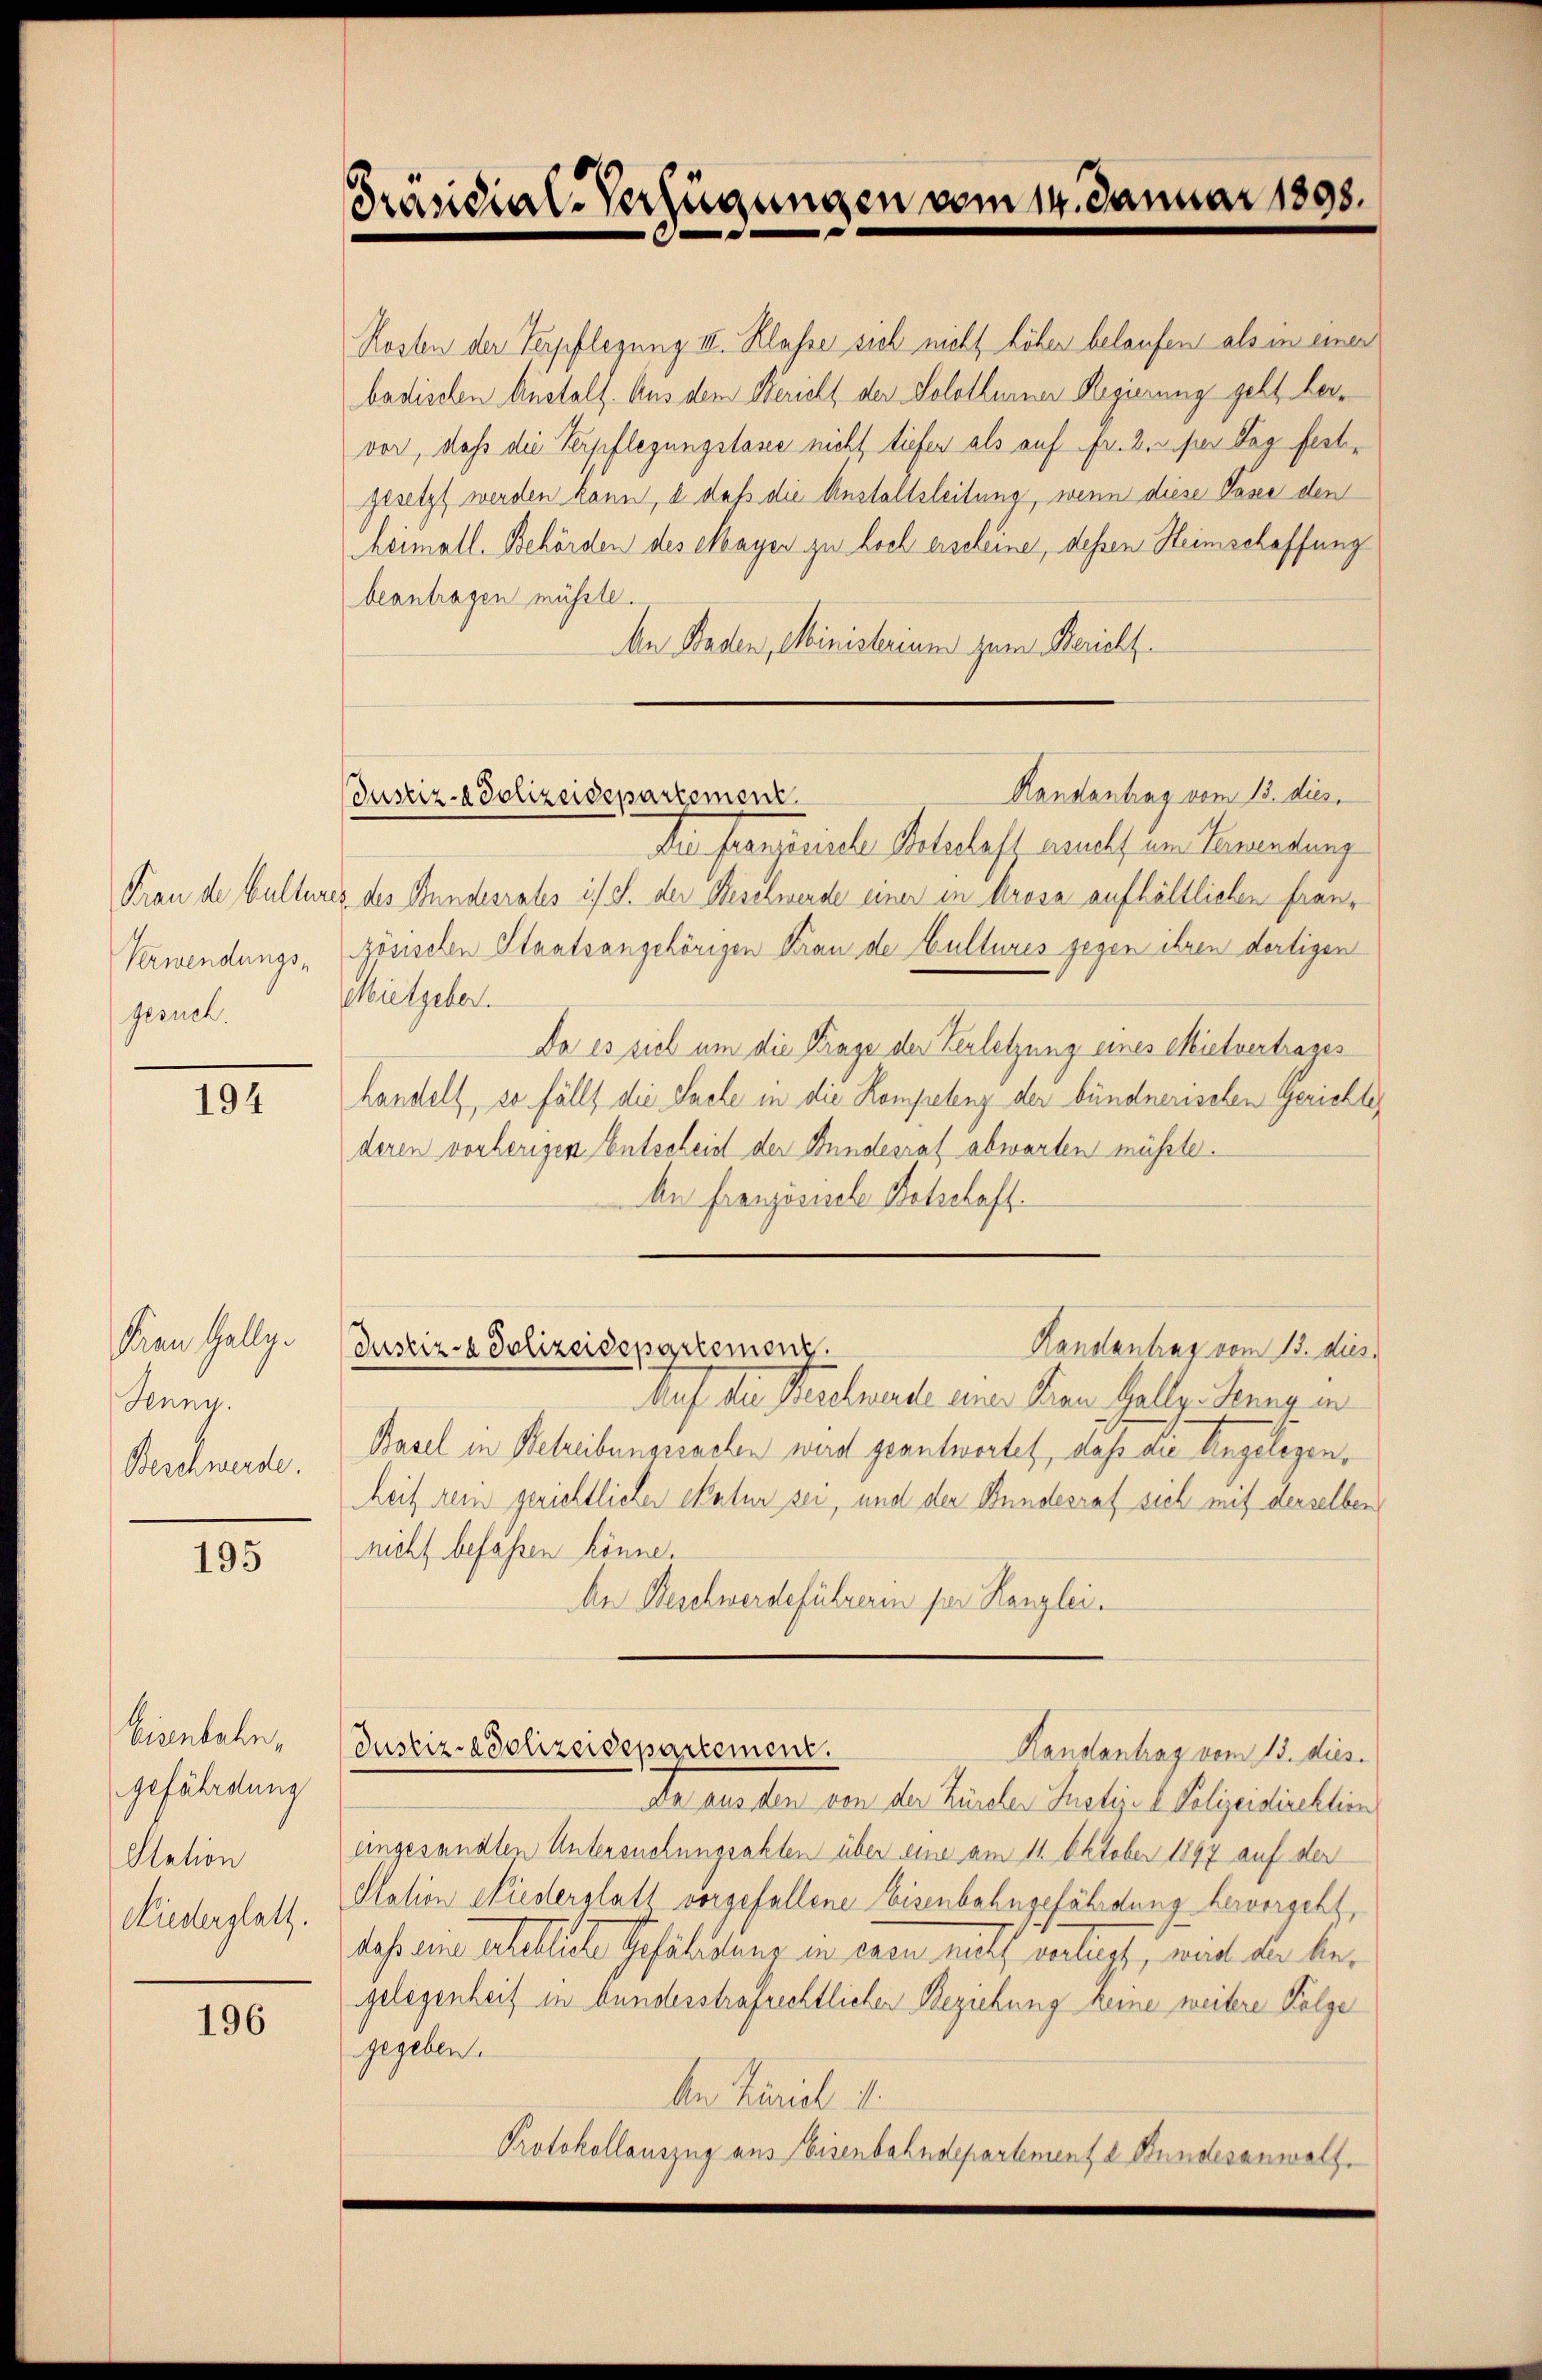
Frau de Bulture,
Verwendungsgesuch.

194

Frau Gally.
Kuny.
Beschwerde.

195

Eisenbahn,
gefährdung
Station
Niederglatt.

196

Präsidial-Verfügungen vom 14. Januar 1898.

Kosten der Verpflegung III. Klasse sich nicht höher belaufen als in einen
badischen Anstalt. Aus dem Bericht der Solothurner Regierung geht hervor, daß die Verpflegungslasse nicht tiefen als auf fr. 2. per Tag festgesetzt werden kann, a daß die Anstaltsleitung, wenn diese Pasee den
heimall. Behörden des Mayer zu hoch erscheine, dessen Heimschaffung
beantragen müsste.
An Baden, Ministerium zum Bericht¬
Die französische Sehehaft ernels um Lauendung
" des Bundesrates i. S. der Beschwerde einer in Arosa aufhältlichen französischen Staatsangehörigen Frau de Cultures gegen ihren dortigen
Mutgeher.
Da es sich um die Frage der Verletzung eines Mielvertrages
handelt, so fällt die Sache in die Kompetenz der bündnerischen Gerichte,
deren vorherigen Entscheid der Bundesrat abwarten müßte.
An Französische Betschaft.
Handantrag vom 13. dies
Justiz- & Polizeidepartement.
Auf die Beschwerde an den Halle Hungen
Basel in Betreibungssachen wird geantwortet, daß die Angelegen,
heit rem gerichtlicher Matur sei, und den Bundesrat sich mit derselben
nicht befassen könne.
An Beschwerdeführeren per Kanzlei.
Justiz-Polizeidepartement.
Handantrag vom 15. dies
Da aus den von der Zürcher Justiz- Polizeidirektion
eingesandten Untersuchungsakten über eine am 11. Oktober 1897 auf der
Olation Niederglatt vorgefallene Eisenbahngefährdung hervorgeht,
daß eine erhebliche Gefährdung in einen nicht verlust, wie die begelegenheit in bundesstrafrechtlicher Beziehung keine weitere Folge
gegeben.
An Zürich d
Protokollauszug aus Eisenbahndepartement à Bundesanwalt.

Handantrag vom 13. dies
Justiz-Polizeidepartement